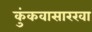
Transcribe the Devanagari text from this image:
कुंकवासारखा